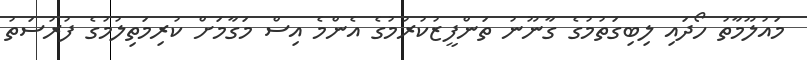
މައުލޫމާތު ހޯދައި ލިބިގަތުމުގެ ގާނޫނު ތަންފީޒުކުރުމުގެ އެންމެ އިސް މަގާމަށް ކުރިމަތިލުމުގެ ފުރުސަތު